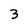
Character: 3